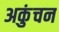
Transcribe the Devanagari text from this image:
अकुंचन